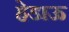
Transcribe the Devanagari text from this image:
हेडाऊ